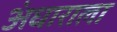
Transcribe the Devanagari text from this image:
अंधाराला